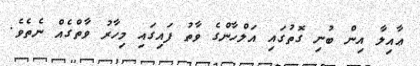
ޢާއިލާ އިން ބުނި ގޮތުގައި އަލްހާންގެ ވާތު ފައިގައި މިހާރު ވާތްގެއް ނެތެވެ.